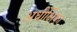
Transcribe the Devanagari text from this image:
अधीक्षिका